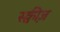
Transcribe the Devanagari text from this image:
स्क्वीज़